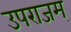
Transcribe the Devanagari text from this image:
उपराजम्